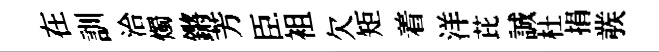
在訓洽燭鏘芳臣袓欠矩着洋芘誠杜捐彂